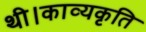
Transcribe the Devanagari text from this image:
थी।काव्यकृति